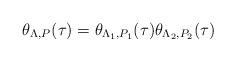
LaTeX: \begin{align*}\theta_{\Lambda, P}(\tau)= \theta_{\Lambda_1, P_1}(\tau) \theta_{\Lambda_2, P_2}(\tau)\end{align*}